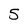
Character: 5